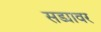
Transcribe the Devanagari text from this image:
सड्यावर